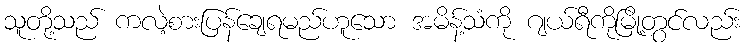
သူတို့သည် ကလဲ့စားပြန်ချေရမည်ဟူသော အမိန့်သံကို ဂျယ်ရီကိုမြို့တွင်လည်း